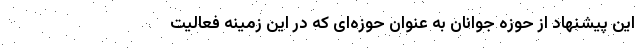
این پیشنهاد از حوزه جوانان به عنوان حوزه‌ای که در این زمینه فعالیت